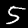
Label: 5